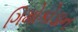
ગિમોકોડાન